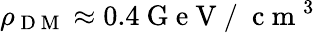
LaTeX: \rho_{\mathrm{~D~M~}}\approx 0.4\mathrm{~G~e~V~/~}\mathrm{~c~m~}^{3}